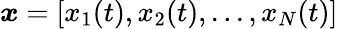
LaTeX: \boldsymbol{x}=[x_{1}(t),x_{2}(t),...,x_{N}(t)]